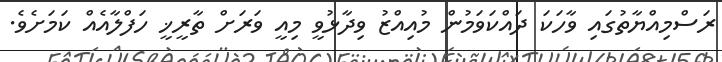
ރަސްމިއްޔާތުގައިި ވާހަކަ ދައްކަވަމުން މުއިއްޒު ވިދާޅުވީ މިއީ ވަރަށް ތާރީޚީ ހަފްލާއެއް ކަަމަށެވެ.